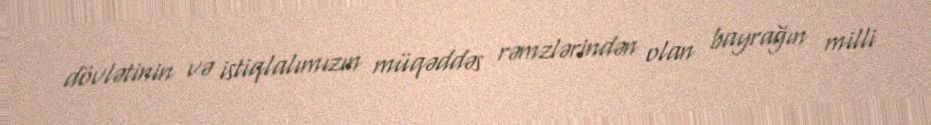
dövlətinin və istiqlalımızın müqəddəs rəmzlərindən olan bayrağın milli